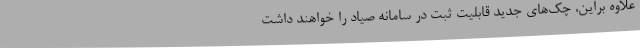
علاوه براین، چک‌های جدید قابلیت ثبت در سامانه صیاد را خواهند داشت